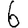
Digit: 6